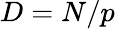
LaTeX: D=N/p